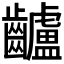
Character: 𪙾